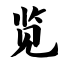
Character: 览